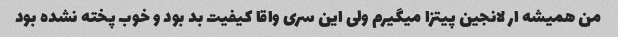
من همیشه ار لانجین پیتزا میگیرم ولی این سری واقا کیفیت بد بود و خوب پخته نشده بود